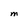
Character: M